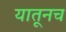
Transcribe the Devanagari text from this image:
यातूनच